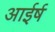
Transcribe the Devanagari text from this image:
आईर्ष